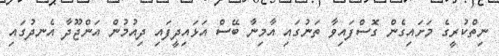
ނިތްކުރީގެ މަށައިގެން ގޮސްފައިވާ ތަނުގައި އާމިނާ ބޭސް އަޅައިދީފައި ދިއުމުން އަންޖޫދާ އެނދުގައި